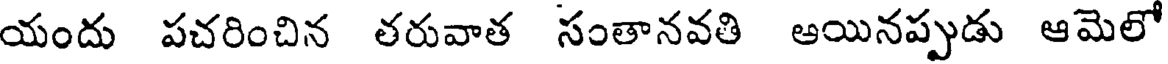
యందు పచరించిన తరువాత సంతానవతి ఆయినప్పుడు ఆమెలో